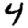
Digit: 4